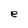
Character: e